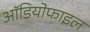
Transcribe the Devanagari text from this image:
ऑडियोफाइल